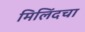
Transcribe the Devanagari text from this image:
मिलिंदचा